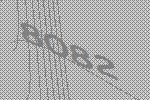
8082